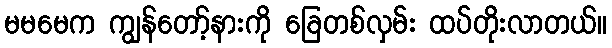
မမမေက ကျွန်တော့်နားကို ခြေတစ်လှမ်း ထပ်တိုးလာတယ်။